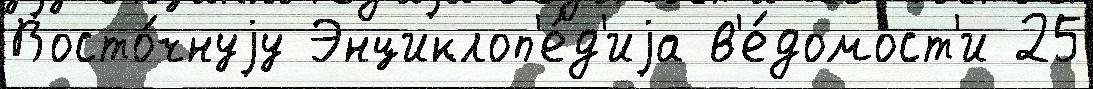
Восто́чнуjу Энциклоп'е́д'иjа в'е́домост'и 25